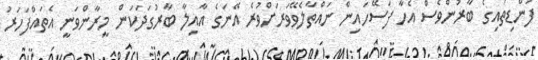
ފަންޑިތައިގެ ބާރުންވެސް އެހާ ފަސޭހައިން ނައްތާލެވޭވަރަށްވުރެ އޭނަގެ އާއިލާ ބާރުގަދަކަން މީރާންވަނީ އެތައްފަހަރު